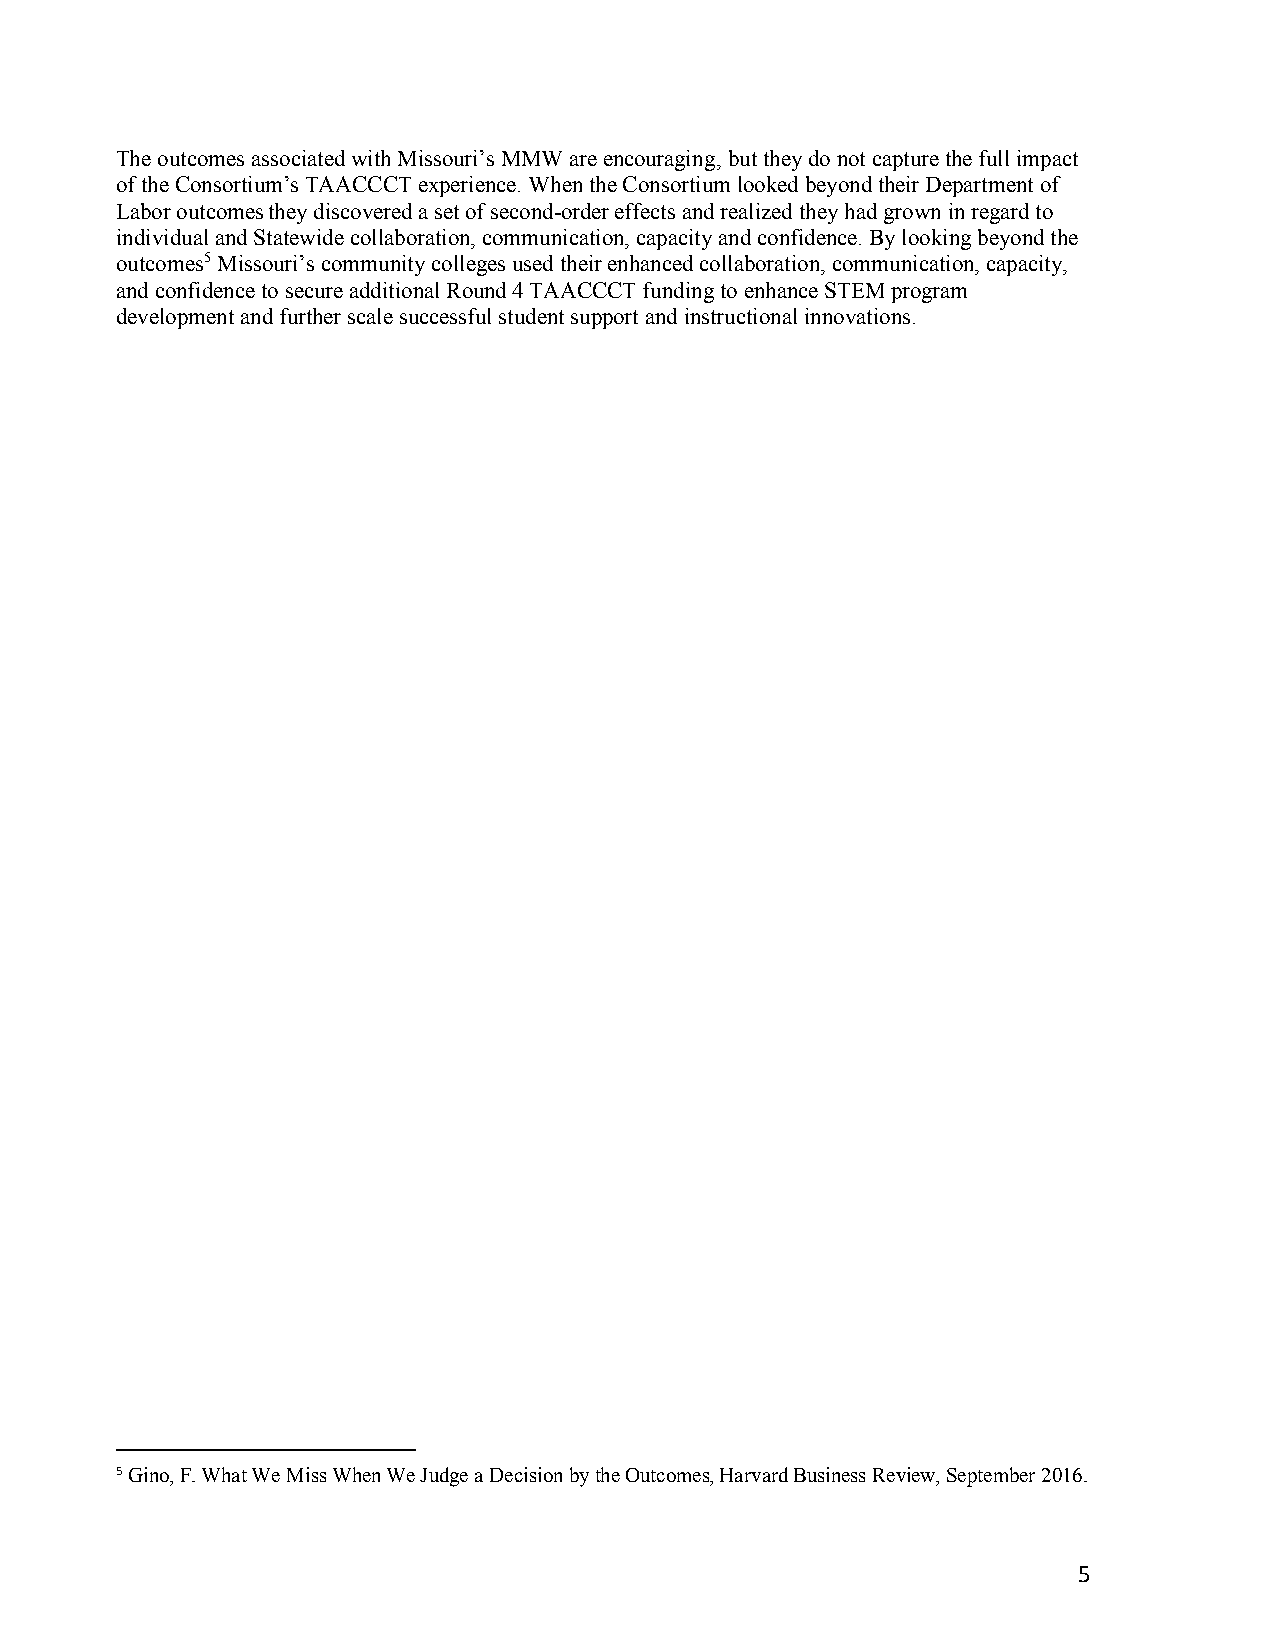
The outcomes associated with Missouri’s MMW are encouraging, but they do not capture the full impact
 of the Consortium’s TAACCCT experience. When the Consortium looked beyond their Department of
 Labor outcomes they discovered a set of second-order effects and realized they had grown in regard to
 individual and Statewide collaboration, communication, capacity and confidence. By looking beyond the
 outcomes5 Missouri’s community colleges used their enhanced collaboration, communication, capacity,
 and confidence to secure additional Round 4 TAACCCT funding to enhance STEM program
 development and further scale successful student support and instructional innovations.
 5 Gino, F. What We Miss When We Judge a Decision by the Outcomes, Harvard Business Review, September 2016.
 5